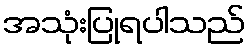
အသုံးပြုရပါသည်